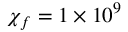
\chi _ { f } = 1 \times 1 0 ^ { 9 }